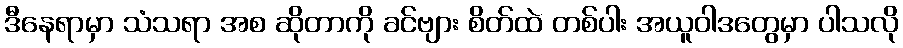
ဒီနေရာမှာ သံသရာ အစ ဆိုတာကို ခင်ဗျား စိတ်ထဲ တစ်ပါး အယူဝါဒတွေမှာ ပါသလို